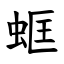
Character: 䖱